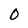
Character: 0